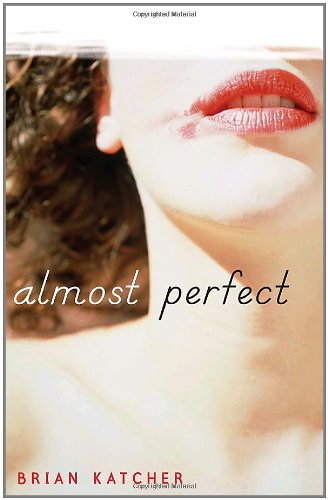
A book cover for Almost Perfect; Brian Katcher; Teen & Young Adult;